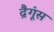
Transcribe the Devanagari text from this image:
द्रैगूंस